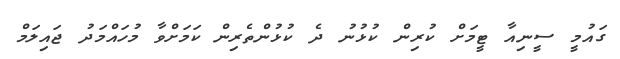
ގައުމީ ސީނިއާ ޓީމަށް ކުރިން ކުޅުނު ދެ ކުޅުންތެރިން ކަމަށްވާ މުހައްމަދު ޖައިލަމް